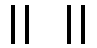
။ ။